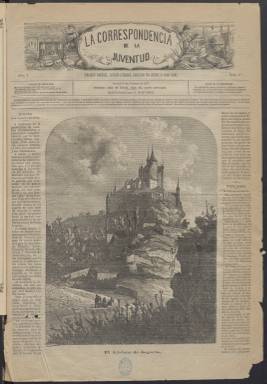
Título: La Correspondencia de la juventud
Colección: Revistas infantiles || Literatura
Ámbito geográfico: Madrid
Lugar de publicación: Madrid
Fechas: 11/02/1877-10/06/1877

Esta revista nacida en 1877 es continuación de otra con el título La Correspondencia de los niños y el propietario y director de ambas fue el mismo: Fermín Ibáñez, de quien no se tiene muchas noticias. El cambio de título se debe a que la nueva publicación, como dice el subtítulo, era redactada por jóvenes de ambos sexos, mientras que la anterior lo era por niños, también de los dos sexos.

  Se trata pues de una revista en la que casi todo lo escribían sus suscriptores, jóvenes estudiantes de universidades e institutos de toda España. Un cuadro en la cabecera informa de las bases de la publicación: ‘Se publican los ensayos literarios, problemas, charadas, logogrifos, etc., de los suscritores. Se organizan certámenes y se adjudican premios y diplomas a las mejores obras’.

   La Correspondencia de la Juventud tenía un formato mayor que la anterior, lo que ocasionaba el doble de gastos de papel e impresión, según decía el editor, que justificaba así el aumento del precio de la suscripción.

   De periodicidad semanal, la publicación se declaraba católica y así lo decía también en su subtítulo, pero curiosamente esta afirmación de confesionalidad desapareció a partir del número 11. No se explica la razón del cambio, pero no es descartable que simplemente fuera para captar más lectores dada la progresiva secularización de la sociedad española.

  Artículos de todo tipo llenan de contenido esta revista, aunque predominan los de índole histórica y geográfica o de viajes. Los poemas también son una parte importante junto con la sección recreativa o de pasatiempos. Hay también en la última página un espacio destinado a los anuncios.

    Lo más interesante de La Correspondencia de la Juventud son los grabados que se publicaban en portada y que iban acompañados de un artículo explicativo. Se trata de ilustraciones en su mayor parte de paisajes, vista de ciudades, monumentos y personajes históricos. El primero de estos grabados es una vista del Alcázar de Segovia con una noticia histórica y una descripción del lugar. No obstante, la mayoría de las ilustraciones no son de motivos españoles.

   La colección de la Biblioteca Nacional de España termina con el número 18 de 10 de junio de 1877.  O cesó aquí o se editaron algunos números más, pero no parece que esta publicación tuviera una vida más larga.

[Descripción publicada el 11/09/2023]